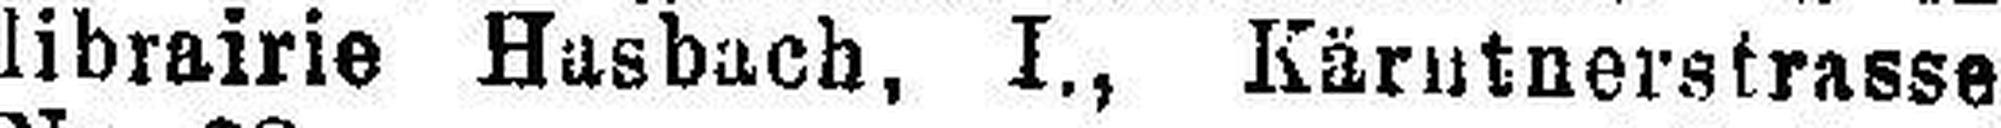
librairie Husbach, I., Kärntnerstrasse